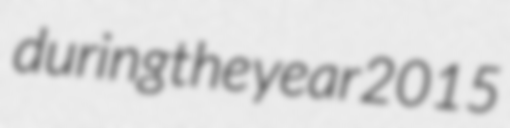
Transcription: during the year 2015